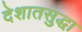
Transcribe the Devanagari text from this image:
देशातसुद्धा